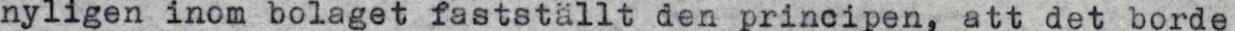
nyligen inom bolaget fastställt den principen, att det borde